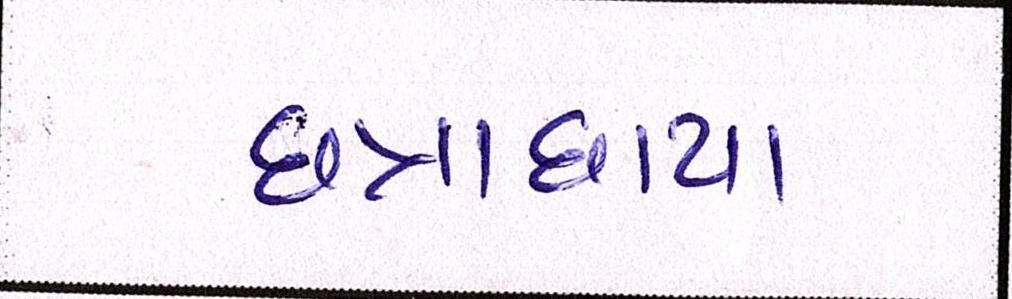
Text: છત્રાછાયા